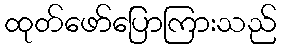
ထုတ်ဖော်ပြောကြားသည်